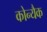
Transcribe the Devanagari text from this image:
कोन्यैक